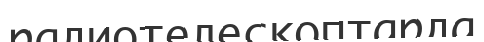
радиотелескоптарда